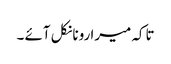
تاکہ میرا رونا نکل آئے ۔